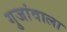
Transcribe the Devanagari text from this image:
गुजांवाला